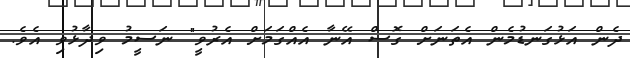
ދެން އަޅުގަނޑުމެން އެތަނަށް ގޮސް އޭނާ އެއްގަމަށް އެރުވީ" ނަސީމު ވިދާޅުވި އެވެ.